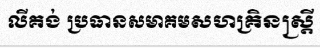
លីគង់ ប្រធានសមាគមសហគ្រិនស្ត្រី